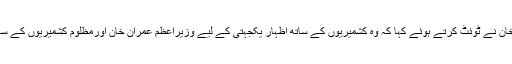
اداکارہ ماہرہ خان نے ٹوئٹ کرتے ہوئے کہا کہ وہ کشمیریوں کے ساتھ اظہار یکجہتی کے لیے وزیراعظم عمران خان اورمظلوم کشمیریوں کے ساتھ کھڑی ہیں۔